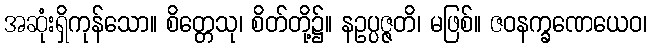
အဆုံးရှိကုန်သော။ စိတ္တေသု၊ စိတ်တို့၌။ နဥပ္ပဇ္ဇတိ၊ မဖြစ်။ ဇဝနက္ခဏေယေဝ၊